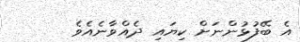
އެ ބޭފުޅުންނަށް ކިޔައި ދެއްވާނެއެވެ